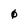
Character: 0